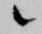
候